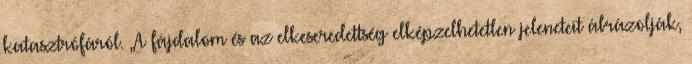
katasztrófáról. „A fájdalom és az elkeseredettség elképzelhetetlen jeleneteit ábrázolják,